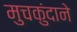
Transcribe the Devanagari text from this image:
मुचकुंदाने